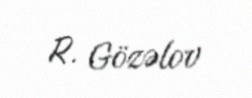
R. Gözəlov